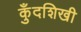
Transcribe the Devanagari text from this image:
कुँदशिखी